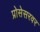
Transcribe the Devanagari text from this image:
प्रोसेसरवर